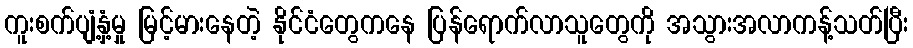
ကူးစက်ပျံ့နှံ့မှု မြင့်မားနေတဲ့ နိုင်ငံတွေကနေ ပြန်ရောက်လာသူတွေကို အသွားအလာကန့်သတ်ပြီး